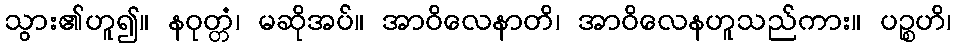
သွား၏ဟူ၍။ နဝုတ္တံ၊ မဆိုအပ်။ အာဝိလေနာတိ၊ အာဝိလေနဟူသည်ကား။ ပဉ္စဟိ၊